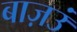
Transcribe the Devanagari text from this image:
बाज़उं